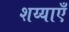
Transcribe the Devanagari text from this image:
शय्याएँ